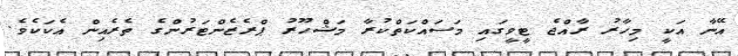
އޭނާ އަކީ މިހާރު ރާއްޖެ ޓީވީގައި މަސައްކަތްކުރާ މަޝްހޫރު ޕްރެޒެންޓަރުންގެ ތެރެއިން އެކަކެވެ.